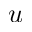
u